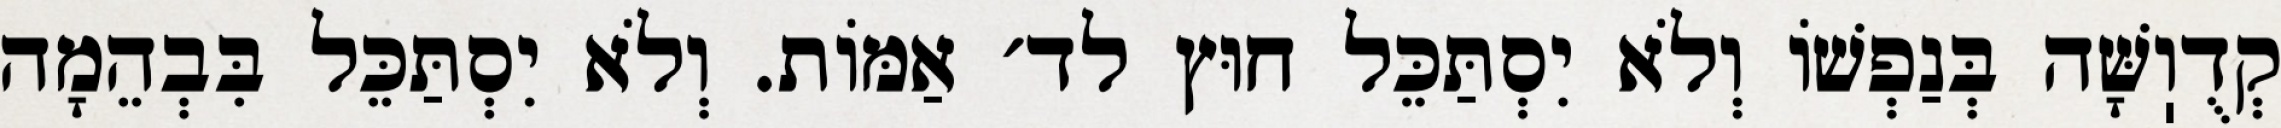
קְדֻוֽשָּׁה בְּנַפְשׁוֹ וְלֹא יִסְתַּכֵּל חוּץ לד׳ אַמּוֹת. וְלֹא יִסְתַּכֵּל בִּבְהֵמָה